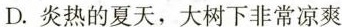
D.炎热的夏天，大树下非常凉爽